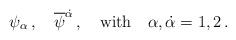
LaTeX: \begin{align*}\psi_{\alpha} \, , \quad {\overline \psi}^{\dot \alpha} \, , \quad {\rm with} \quad \alpha,{\dot\alpha}=1,2 \, .\end{align*}